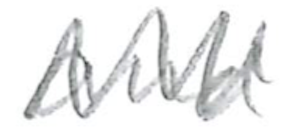
Text: and
Cross-out: zig-zag
Writing tool: pencil